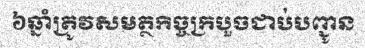
៦ឆ្នាំត្រូវសមត្ថកិច្ចក្របួចជាប់បញ្ជូន